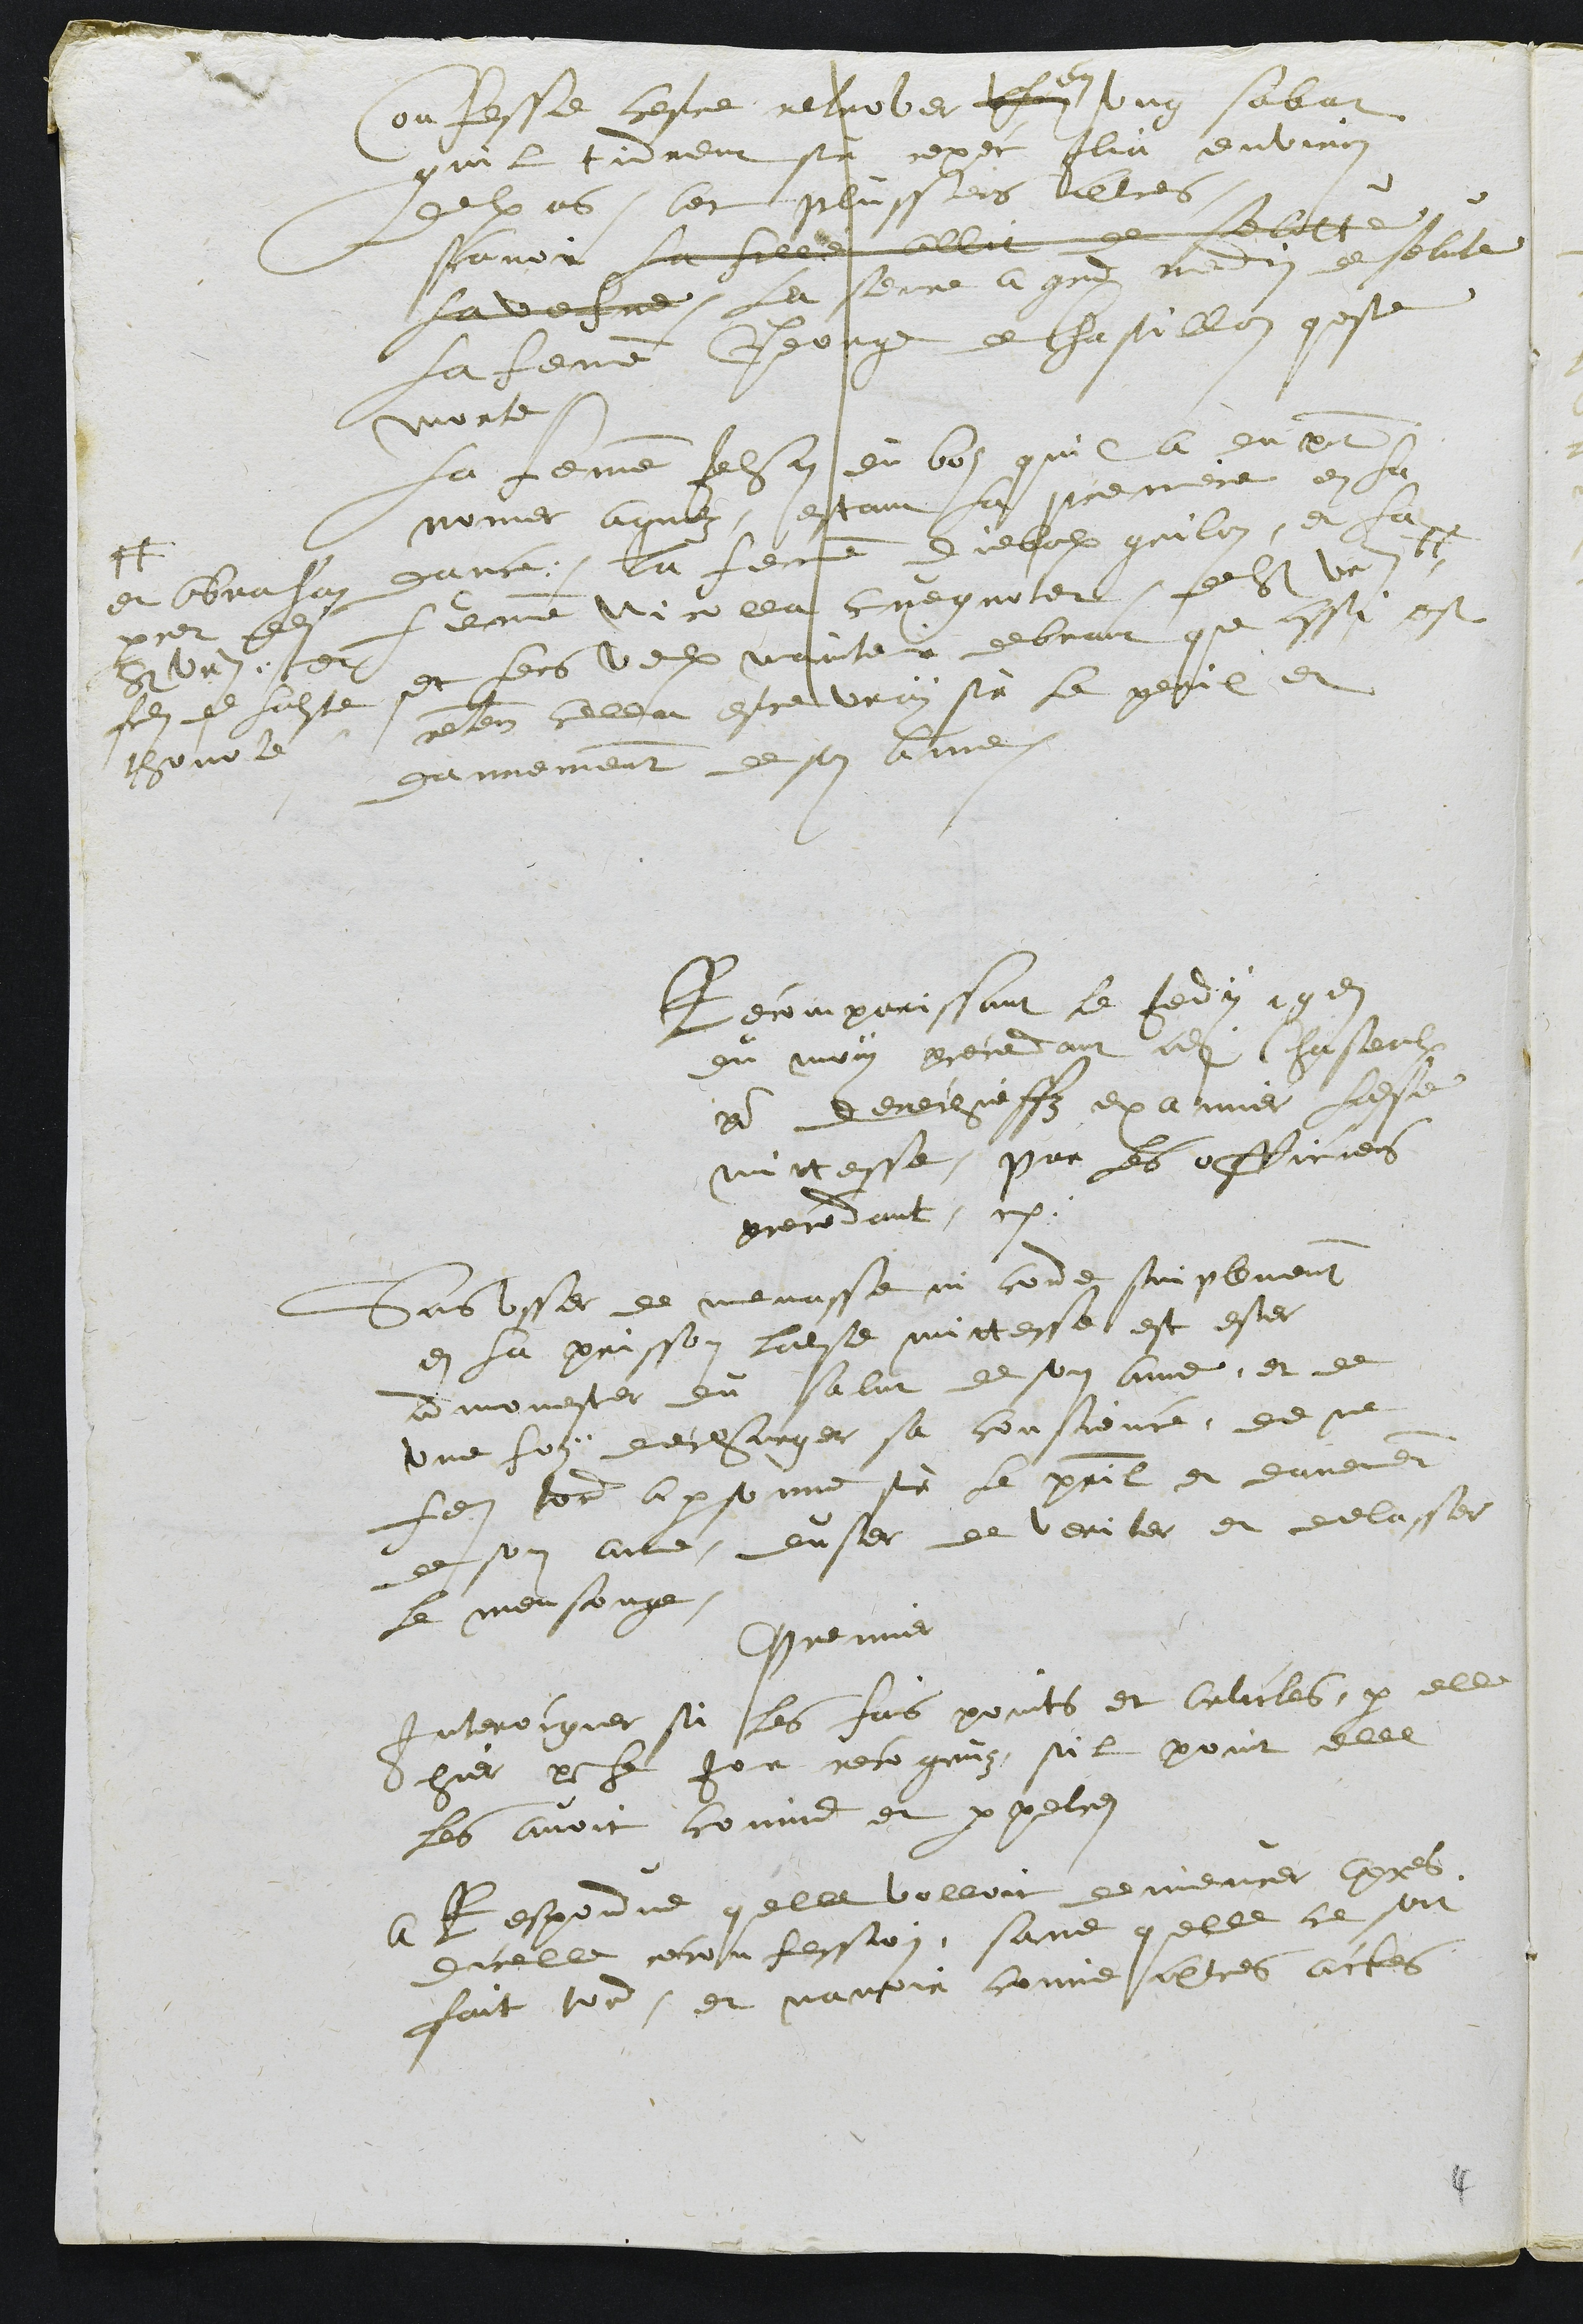
Confesse cestre retrover en ung sabat
quil tinrent sur repec Ilia environ
deulx ans, avec plussieurs aultres
scavoir la fille allit de seleutte
la vefve, La seure a grand mertin de selute
la femme George de Chastillon queste
morte
La femme Jehan du boz quil a du present
nomer agnez, estant la premiere en la
dance, La femme diebolx grilon, et la
femme Nicolla cuegnotet  de St Ursanne#
#
et Abraham
perret dudit
St Ursanne estoit
fils de ladite
thonote
et leurs veulx maintenir debvant que ainssi est
retenant cella este vray sur le peril et
dannemment de son ame
Recomparissant le Jeudy 19e
du moy precedant audit Chasteaulx
pour derechieffz examier ladite
mittesse, par les officiers
precedant
Sans usser de menasse ny corde simplement
en la prisson ladite mittesse est ester
admonester du salut de son ame, et de
une foy decharger sa conscience de ne
faire tord a personne sur le peril et danement
de son ame, duser de veriter et delasser
le mensonge.
premier
Interocguer si les fais points et articles, par elle
hier pour Le jour recognuz, sil point elle
les avoit connus et perpetrez
a Respondue quelle volloit demeurer apres
dicelle reconfession, sans quelle ce soit
fait tort, et navoir comis altres actes

4